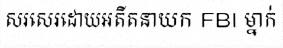
សរសេរដោយអតីតនាយក FBI ម្នាក់